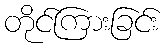
တိုင်ကြားခြင်း